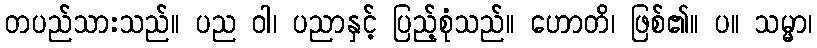
တပည်သားသည်။ ပည ဝါ၊ ပညာနှင့် ပြည့်စုံသည်။ ဟောတိ၊ ဖြစ်၏။ ပ။ သမ္မာ၊